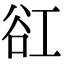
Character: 䜫